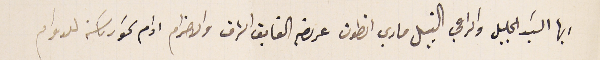
ايها السَيد الجليل والراعي النبيل ماري انطون عريضه الفايق الشرف والاحترام ادام سَمو رىاسَته للدوام